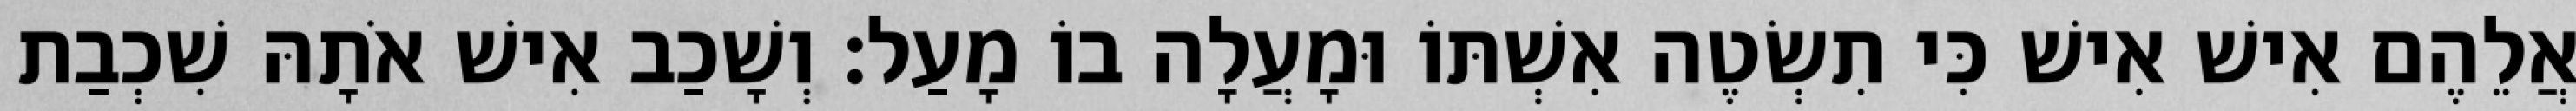
אֲלֵהֶם אִישׁ אִישׁ כִּי תִשְׂטֶה אִשְׁתּוֹ וּמָעֲלָה בוֹ מָעַל׃ וְשָׁכַב אִישׁ אֹתָהּ שִׁכְבַת